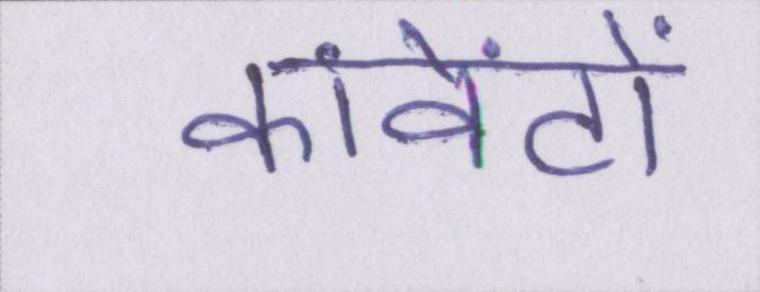
कांवेंटों